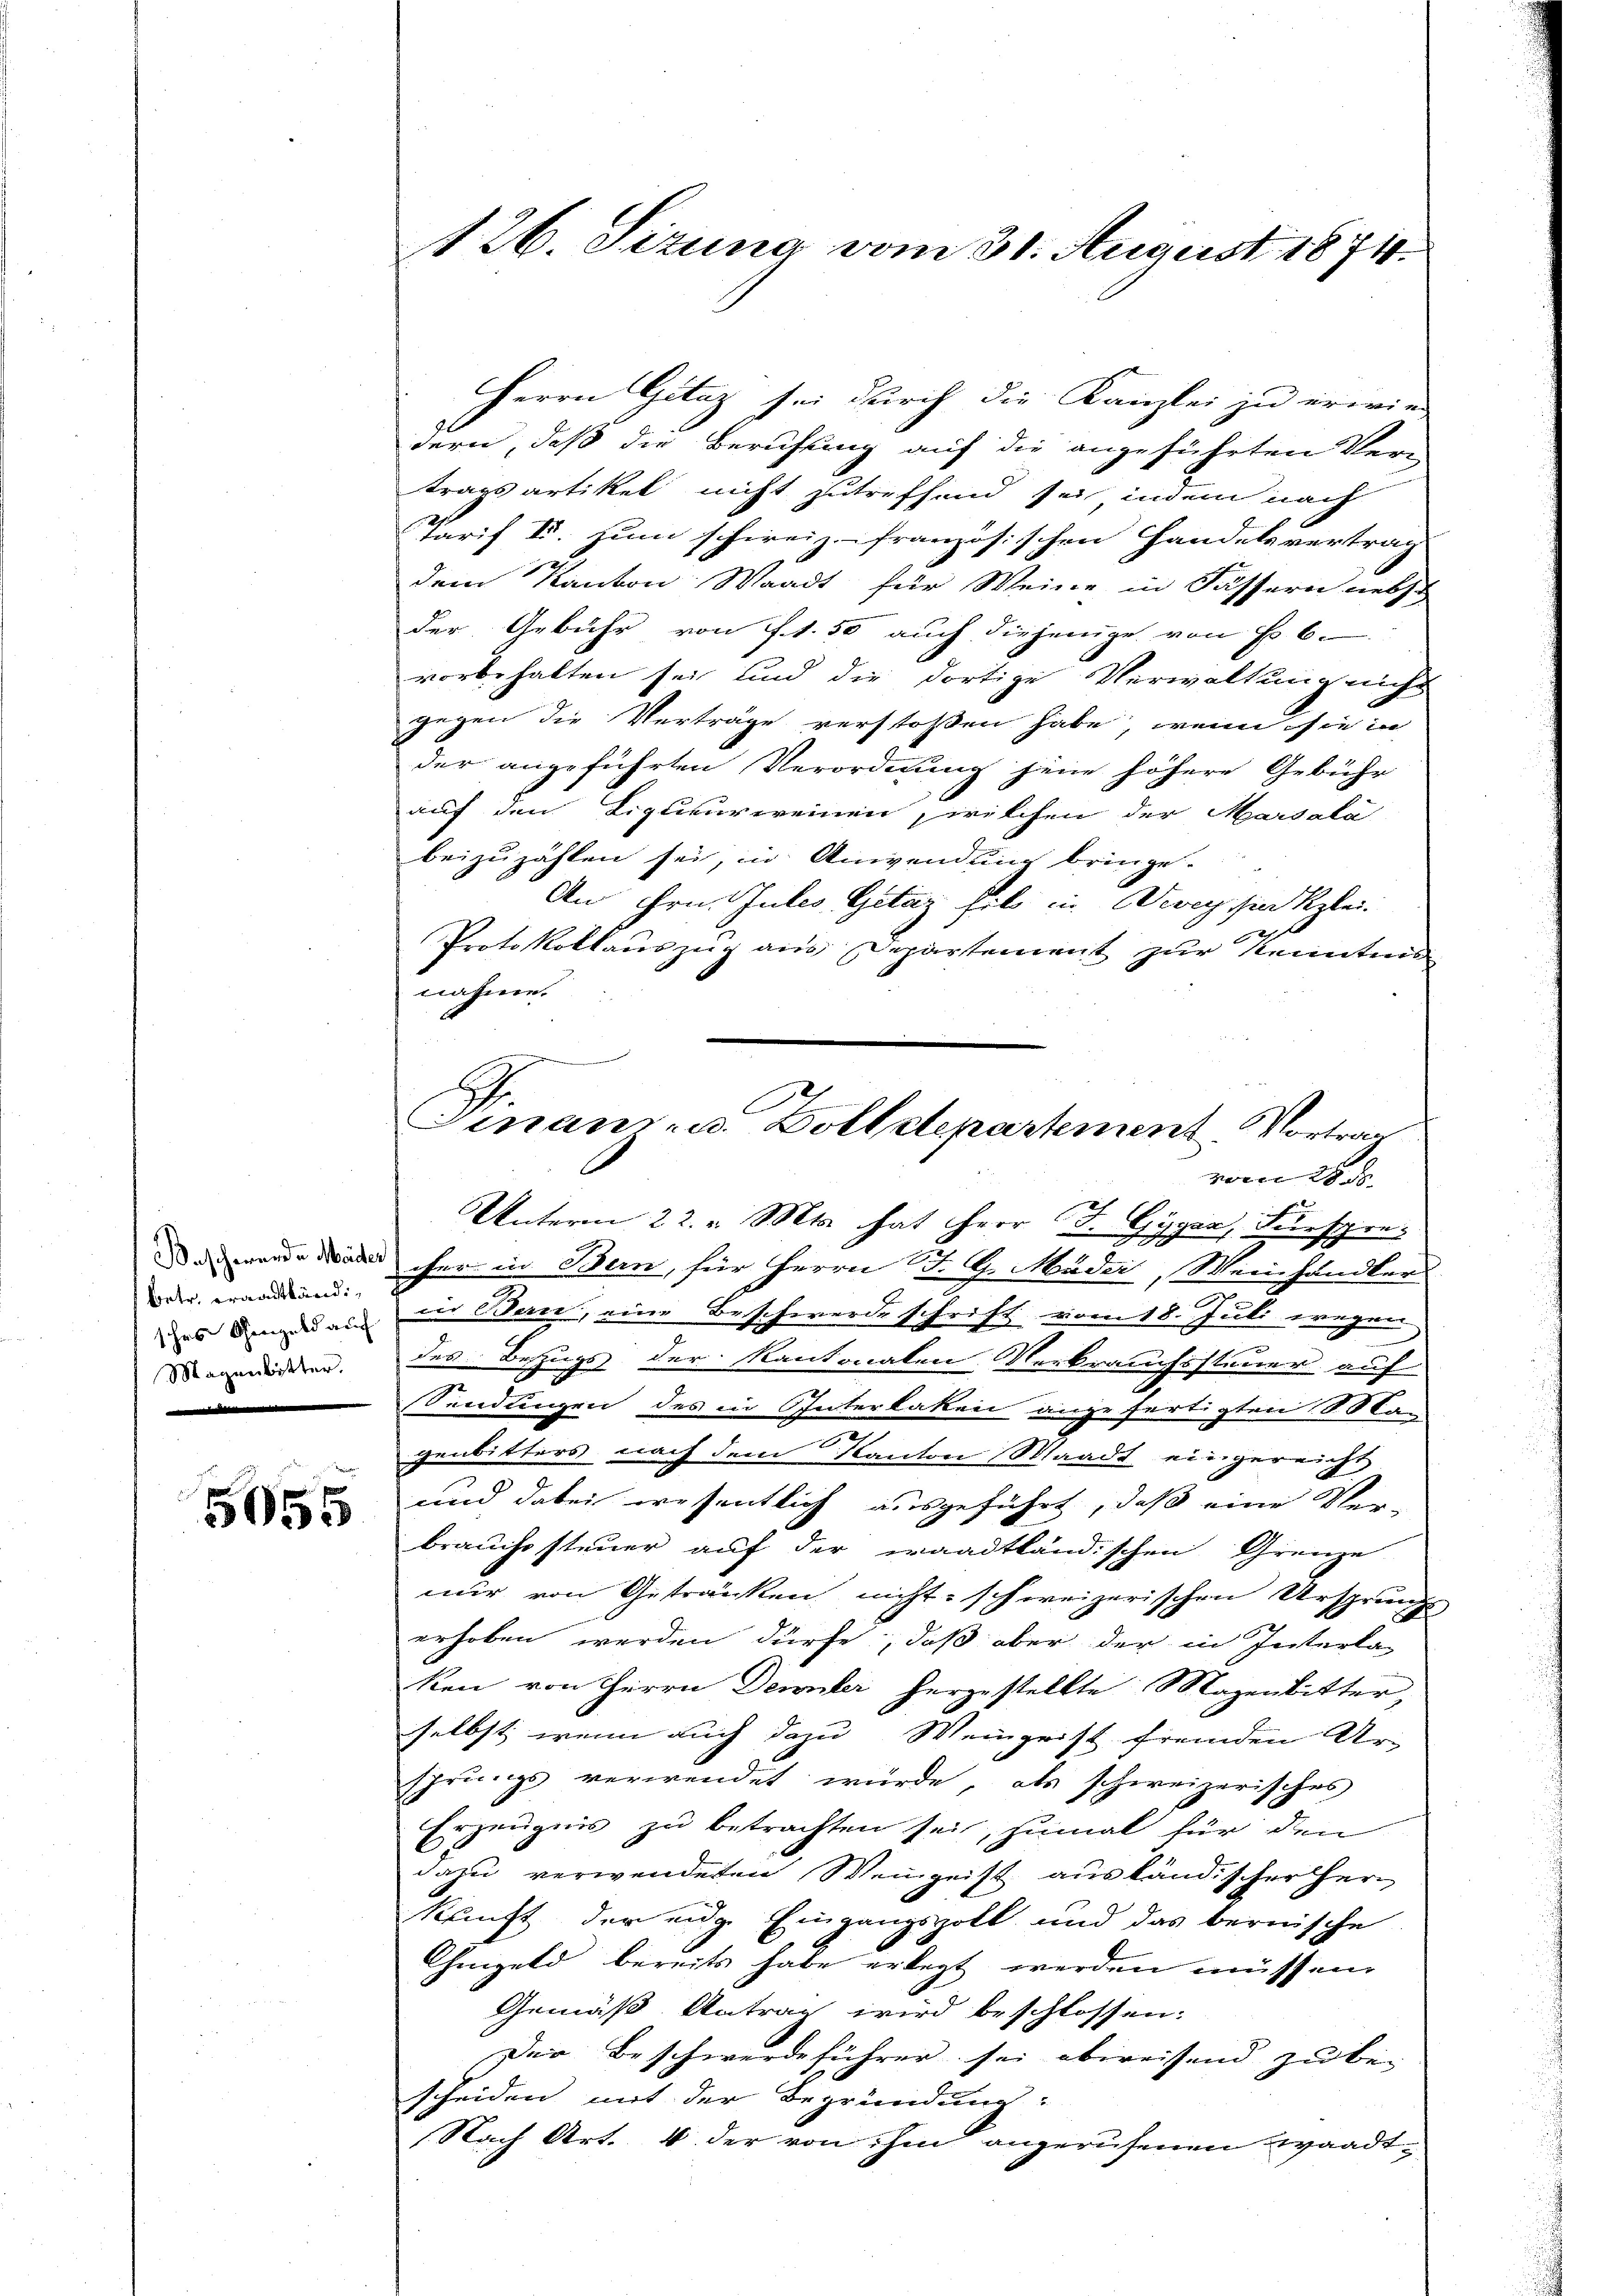
Beschwerde Mäder
betr. Kraadtländisches Schengeld auf
Magenbitter.

5055

126. Sizung vom 31. August 1874.

Herrn Gitaz sei durch die Kanzlei zu erwie-
dern, daß die Berufung auf die angeführten Ver-
tragsartikel nicht zutreffend sei, indem nach
Tarif I. zum schweiz. französischen Handelsvertrag
2
dem Kanton Waadt für Weine in Fässern nebst
der Gebühr von fl. 50 auch diejenige von Fr. 6.
vorbehalten sei und die dortige Verwaltung nicht
gegen die Verträge verstossen habe, wenn sie in
der angeführten Verordnung jene höhere Gebühr
auf den Liquieurereinen, welchen der Marsala
beizuzählen sei, in Anwendung bringe.
An Hrn. Jules Getaz fil in Vevey sie klei¬
Protokollauszug aus Departement zur Kenntens
nahme.

cher in Bern, für Herrn St. G. Mäder, Weinhändlers
in Berne, eine Beschwerde schrift vom 18. Juli wegen
des Bezugs der Kantonalen Verbrauchssteuer auf
Sendungen des in Interlaken angefertigten Stan
genbitters nach dem Kanton Waadt eingereicht
und dabei wesentlich ausgeführt, daß eine Ver-
brauch steuer auf der waadtländischen Grenze
nur von Getränken nicht schweizerischen Ursprungs
erhoben werden dürfe, daß aber der in Interla
ken von Herrn Dennler herzustellte Magenbitter,
selbst, wenn auch dazu Weingrist fremden Ur-
sprungs verwendet würde, als schireizerisches
Erzeugnis zu betrachten sei, zumal für den
dazu verwendeten Weingeist ausländischer Herr
kunft der eige Eingangspolt und das bernische
Chingeld bereits habe erlegt werden müssen.
Gemäß Antrag wird beschlossen:
Der Beschwerdeführer sei abweisend zu be-
scheiden mit der Begründung:
Nach Art. 4 der von ihm angerufenen waadt¬

Finanzen. Dolldepartement Vortrag
vom 25. ds.
Unterm 22. Mts. hat Herr F. Gyger, Fürspre¬